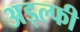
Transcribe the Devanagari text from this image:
अड्ल्फी